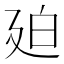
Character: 廹